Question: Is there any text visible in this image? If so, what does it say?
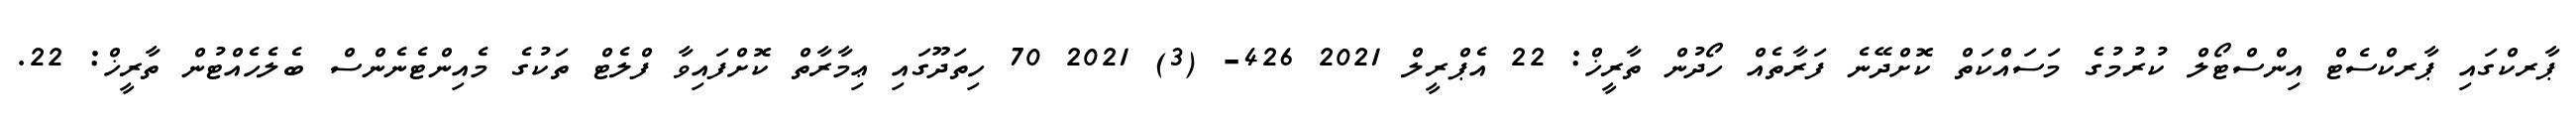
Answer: ޕާރކްގައި ޕާރކްސެޓް އިންސްޓޯލް ކުރުމުގެ މަސައްކަތް ކޮށްދޭނެ ފަރާތެއް ހޯދުން ތާރީޚް: 22 އެޕްރީލް 2021 426- (3) 2021 70 ހިތަދޫގައި ޢިމާރާތް ކޮށްފައިވާ ފްލެޓް ތަކުގެ މެއިންޓެނެންސް ބެލެހެއްޓުން ތާރީޚް: 22.